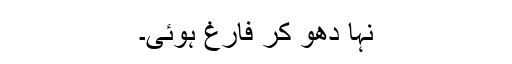
نہا دھو کر فارغ ہوئی۔